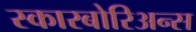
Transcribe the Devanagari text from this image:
स्कारबोरिअन्स